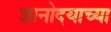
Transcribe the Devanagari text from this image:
ज्ञानोदयाच्या